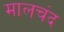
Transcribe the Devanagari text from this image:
मालचंद